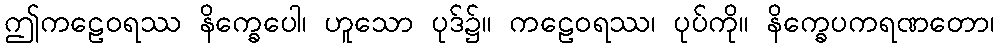
ဤကဠေဝရဿ နိက္ခေပေါ၊ ဟူသော ပုဒ်၌။ ကဠေဝရဿ၊ ပုပ်ကို။ နိက္ခေပကရဏတော၊